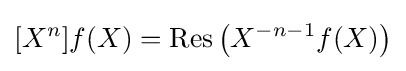
[X^{n}]f(X)=\operatorname {Res} \left(X^{-n-1}f(X)\right)